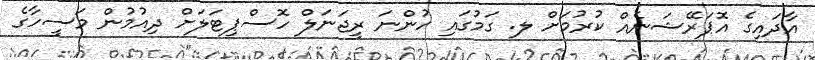
އާދައިގެ އޮޕަރޭޝަނެއް ކުރުމަށް ލ. ގަމުގައި ހުންނަ ރީޖަނަލް ހޮސްޕިޓަލަށް ދިއުމުން މަސީހާގެ